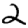
Digit: 2